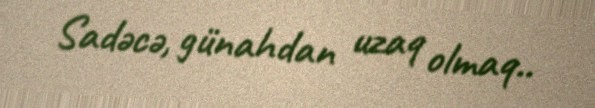
Sadəcə, günahdan uzaq olmaq..